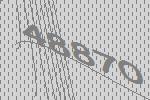
48870